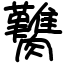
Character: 臡